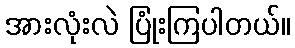
အားလုံးလဲ ပြုံးကြပါတယ်။